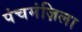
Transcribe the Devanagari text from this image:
पंचमंज़िला